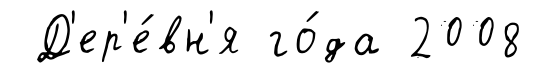
Д'ер'е́вн'я го́да 2008